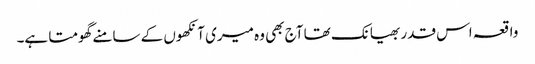
واقعہ اس قدر بھیانک تھا آج بھی وہ میری آنکھوں کے سامنے گھومتا ہے۔